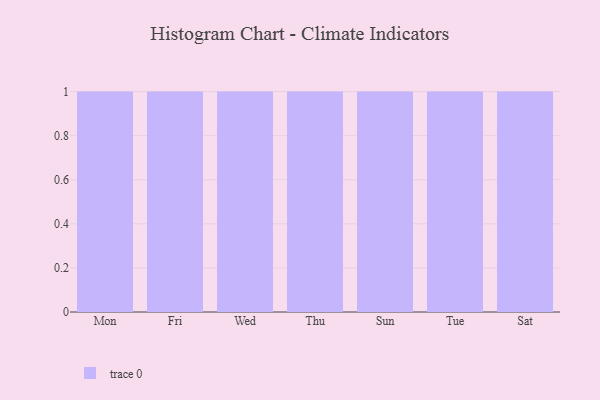
{"axis": {"x": "Day", "y": "Energy Usage (MWh)"}, "legend": [""], "data": [{"x": "Mon", "y": 81, "type": ""}, {"x": "Fri", "y": 97, "type": ""}, {"x": "Wed", "y": 77, "type": ""}, {"x": "Thu", "y": 12, "type": ""}, {"x": "Sun", "y": 62, "type": ""}, {"x": "Tue", "y": 17, "type": ""}, {"x": "Sat", "y": 26, "type": ""}]}